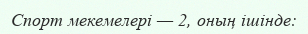
Спорт мекемелері — 2, оның ішінде: